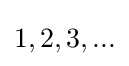
{\textstyle 1,2,3,...}